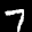
Label: 7